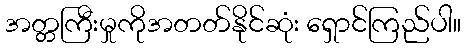
အတ္တကြီးမှုကိုအတတ်နိုင်ဆုံး ရှောင်ကြည်ပါ။